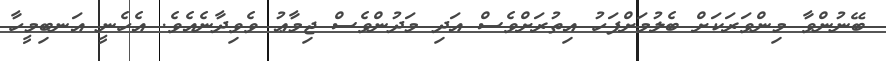
ބޭނުންވާ މިންވަރަކަށް ބެލުމަށްފަހު އިތުރަށްވެސް އަދި މަދުންވެސް ޖިމާޢު ވެވިދާނެއެވެ. އެހެނީ އަނބިމީހާ